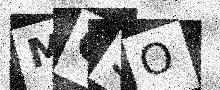
Text: MQ5O